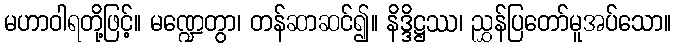
မဟာဝါရတို့ဖြင့်။ မဏ္ဍေတွာ၊ တန်ဆာဆင်၍။ နိဒ္ဒိဋ္ဌဿ၊ ညွှန်ပြတော်မူအပ်သော။